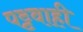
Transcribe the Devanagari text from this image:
पट्टवाही